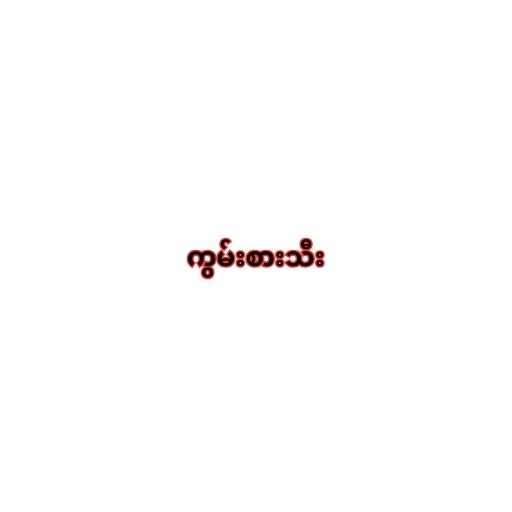
ကွမ်းစားသီး